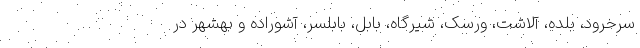
سرخرود، بلده، آلاشت، ورسک، شیرگاه، بابل، بابلسر، آشوراده و بهشهر در